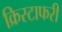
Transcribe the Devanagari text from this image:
क्रिस्टाफरी